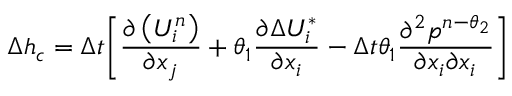
\Delta { { h } _ { c } } = \Delta t { { \left[ \frac { \partial \left( U _ { i } ^ { n } \right) } { \partial { { x } _ { j } } } + { { \theta } _ { 1 } } \frac { \partial \Delta U _ { i } ^ { * } } { \partial { { x } _ { i } } } - \Delta t { { \theta } _ { 1 } } \frac { { { \partial } ^ { 2 } } { { p } ^ { n - { { \theta } _ { 2 } } } } } { \partial { { x } _ { i } } \partial { { x } _ { i } } } \right] } }